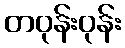
တဝုန်းဝုန်း